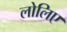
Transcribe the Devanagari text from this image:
लोलिए